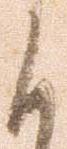
候